Investigations into the jail dietaries of the United Provinces with some observations on the influence of dietary on the physical development and well-being of the people of the United Provinces - Number 48
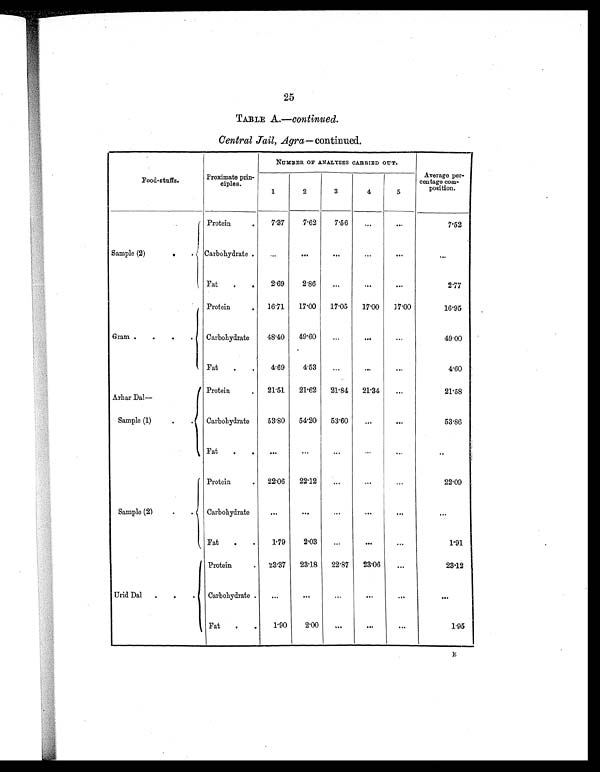
25
TABLE A.—continued.
Central Jail, Agra — continued.
Food-stuffs.
Proximate prin-
ciples.
NUMBER OF ANALYSES CARRIED OUT.
Average per-
centage com-
position.
1
2
3
4
5
Sample (2)
.
.
Protein
.
7.37
7.62
7.56
...
. . .
7.52
Carbohydrate .
. . .
...
. . .
. . .
. . .
. . .
Fat
.
.
2.69
2.86
...
. . .
. . .
2.77
Gram .
.
.
.
Protein
. 16.71
17.00
17.05
17.00
17.00
16.95
Carbohydrate
48.40
49.60
...
...
...
49.00
Fat
.
.
4 . 6 9
4.53
...
. . .
. . .
4.60
Arhar Dal—
Protein
.
21.51
21.62
21.84
21.34
...
21.58
Sample (1)
.
.
Carbohydrate
53.80
54.20
53.60
...
. . .
53.86
Fat
.
.
. . .
. . .
...
. . .
...
. .
Sample (2)
.
.
Protein
.
22.06
22.12
... ... ...
22.09
Carbohydrate
...
...
...
... ... ...
Fat
.
.
1.79
2.03
...
...
...
1.91
Urid Dal
.
. .
Protein
.
2 3 . 3 7
23.18
22.87
23.06
. . .
23.12
Carbohydrate .
...
...
...
. . .
. . .
. . .
Fat
.
.
1.90
2.00
...
...
. . .
1.95
E